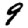
Digit: 9